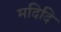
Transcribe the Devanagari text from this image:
मदिदि